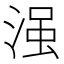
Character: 𣹑